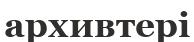
архивтері